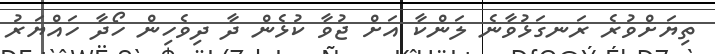
ތިޔަށްވުރެ ރަނގަޅުވާނެ ލަންކާ އަށް ޖުވާ ކުޅެން ދާ ދިވެހިން ހޯދާ ހައްޔަރު